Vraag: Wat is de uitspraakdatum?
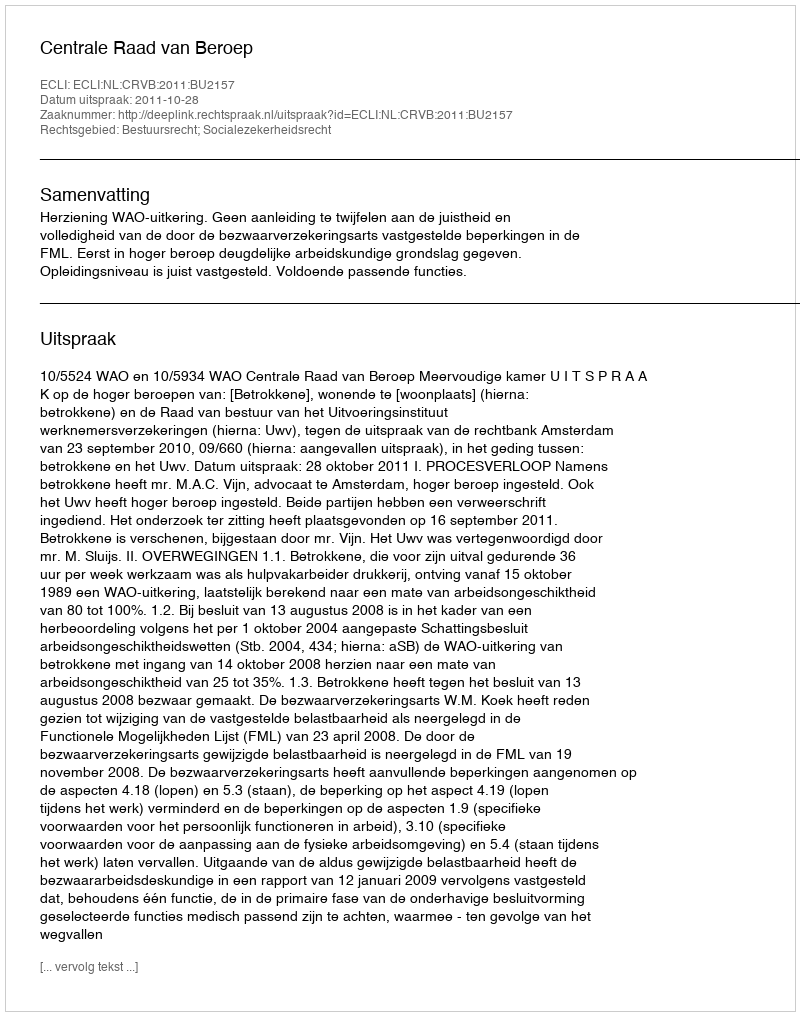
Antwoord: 2011-10-28